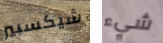
شيكسبير شيء